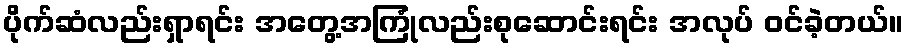
ပိုက်ဆံလည်းရှာရင်း အတွေ့အကြုံလည်းစုဆောင်းရင်း အလုပ် ဝင်ခဲ့တယ်။